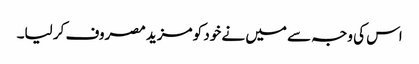
اس کی وجہ سے میں نے خود کو مزید مصروف کر لیا۔